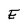
Character: E